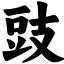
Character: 豉